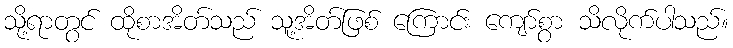
သို့ရာတွင် ထိုစာအိတ်သည် သူ့အိတ်ဖြစ် ကြောင်း ကျော်စွာ သိလိုက်ပါသည်။